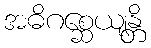
အဓိဂစ္ဆေယျန္တိ